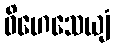
ဝိဟေသေယျံ